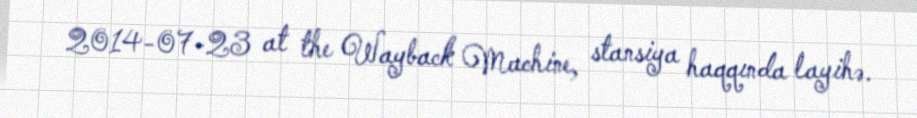
2014-07-23 at the Wayback Machine, stansiya haqqında layihə.